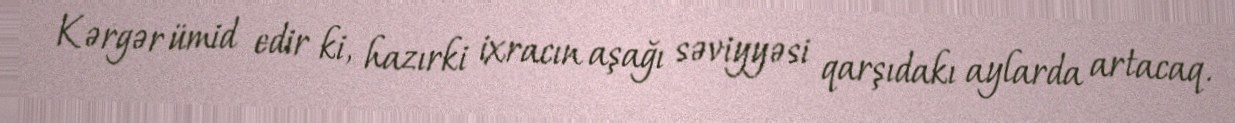
Kərgər ümid edir ki, hazırki ixracın aşağı səviyyəsi qarşıdakı aylarda artacaq.